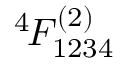
^ { 4 \! } F _ { 1 2 3 4 } ^ { ( 2 ) }